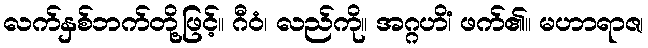
လက်နှစ်ဘက်တို့ဖြင့်။ ဂီဝံ၊ လည်ကို။ အဂ္ဂဟိံ၊ ဖက်၏။ မဟာရာဇ၊